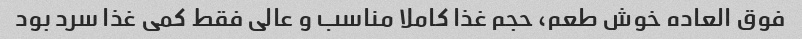
فوق العاده خوش طعم، حجم غذا کاملا مناسب و عالی فقط کمی غذا سرد بود